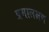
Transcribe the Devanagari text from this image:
प्रमालक्षण